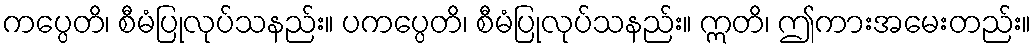
ကပ္ပေတိ၊ စီမံပြုလုပ်သနည်း။ ပကပ္ပေတိ၊ စီမံပြုလုပ်သနည်း။ ဣတိ၊ ဤကားအမေးတည်း။